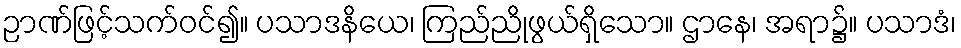
ဉာဏ်ဖြင့်သက်ဝင်၍။ ပသာဒနိယေ၊ ကြည်ညိုဖွယ်ရှိသော။ ဌာနေ၊ အရာ၌။ ပသာဒံ၊